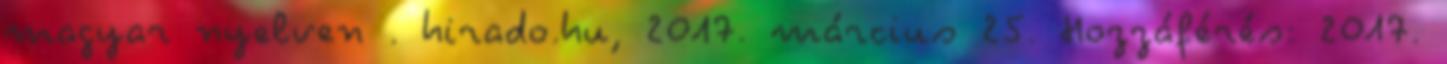
magyar nyelven . hirado.hu, 2017. március 25. Hozzáférés: 2017.